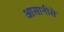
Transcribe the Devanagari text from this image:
आसानीसे